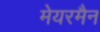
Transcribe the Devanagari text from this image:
मेयरमैन